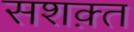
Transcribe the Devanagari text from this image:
सशक़्त